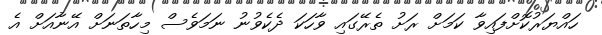
ހައްޔަރުކޮށްފައިވާ ކަމަށް ރަށު ތެރޭގައި ވާހަކަ ދެކެވުނު ނަމަވެސް މިހާތަނަށް އޭނާއަށް އެ